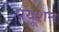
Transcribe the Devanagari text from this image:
पयूशन